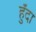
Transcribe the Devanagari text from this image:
हुँदा